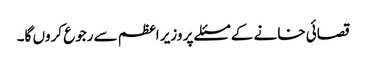
قصائی خانے کے مسئلے پر وزیر اعظم سے رجوع کروں گا۔